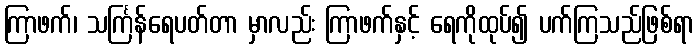
ကြာဖက်၊ သင်္ကြန်ရေပတ်တာ မှာလည်း ကြာဖက်နှင့် ရေကိုထုပ်၍ ပက်ကြသည်ဖြစ်ရာ